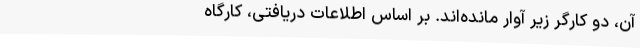
آن، دو کارگر زیر آوار مانده‌اند. بر اساس اطلاعات دریافتی، کارگاه